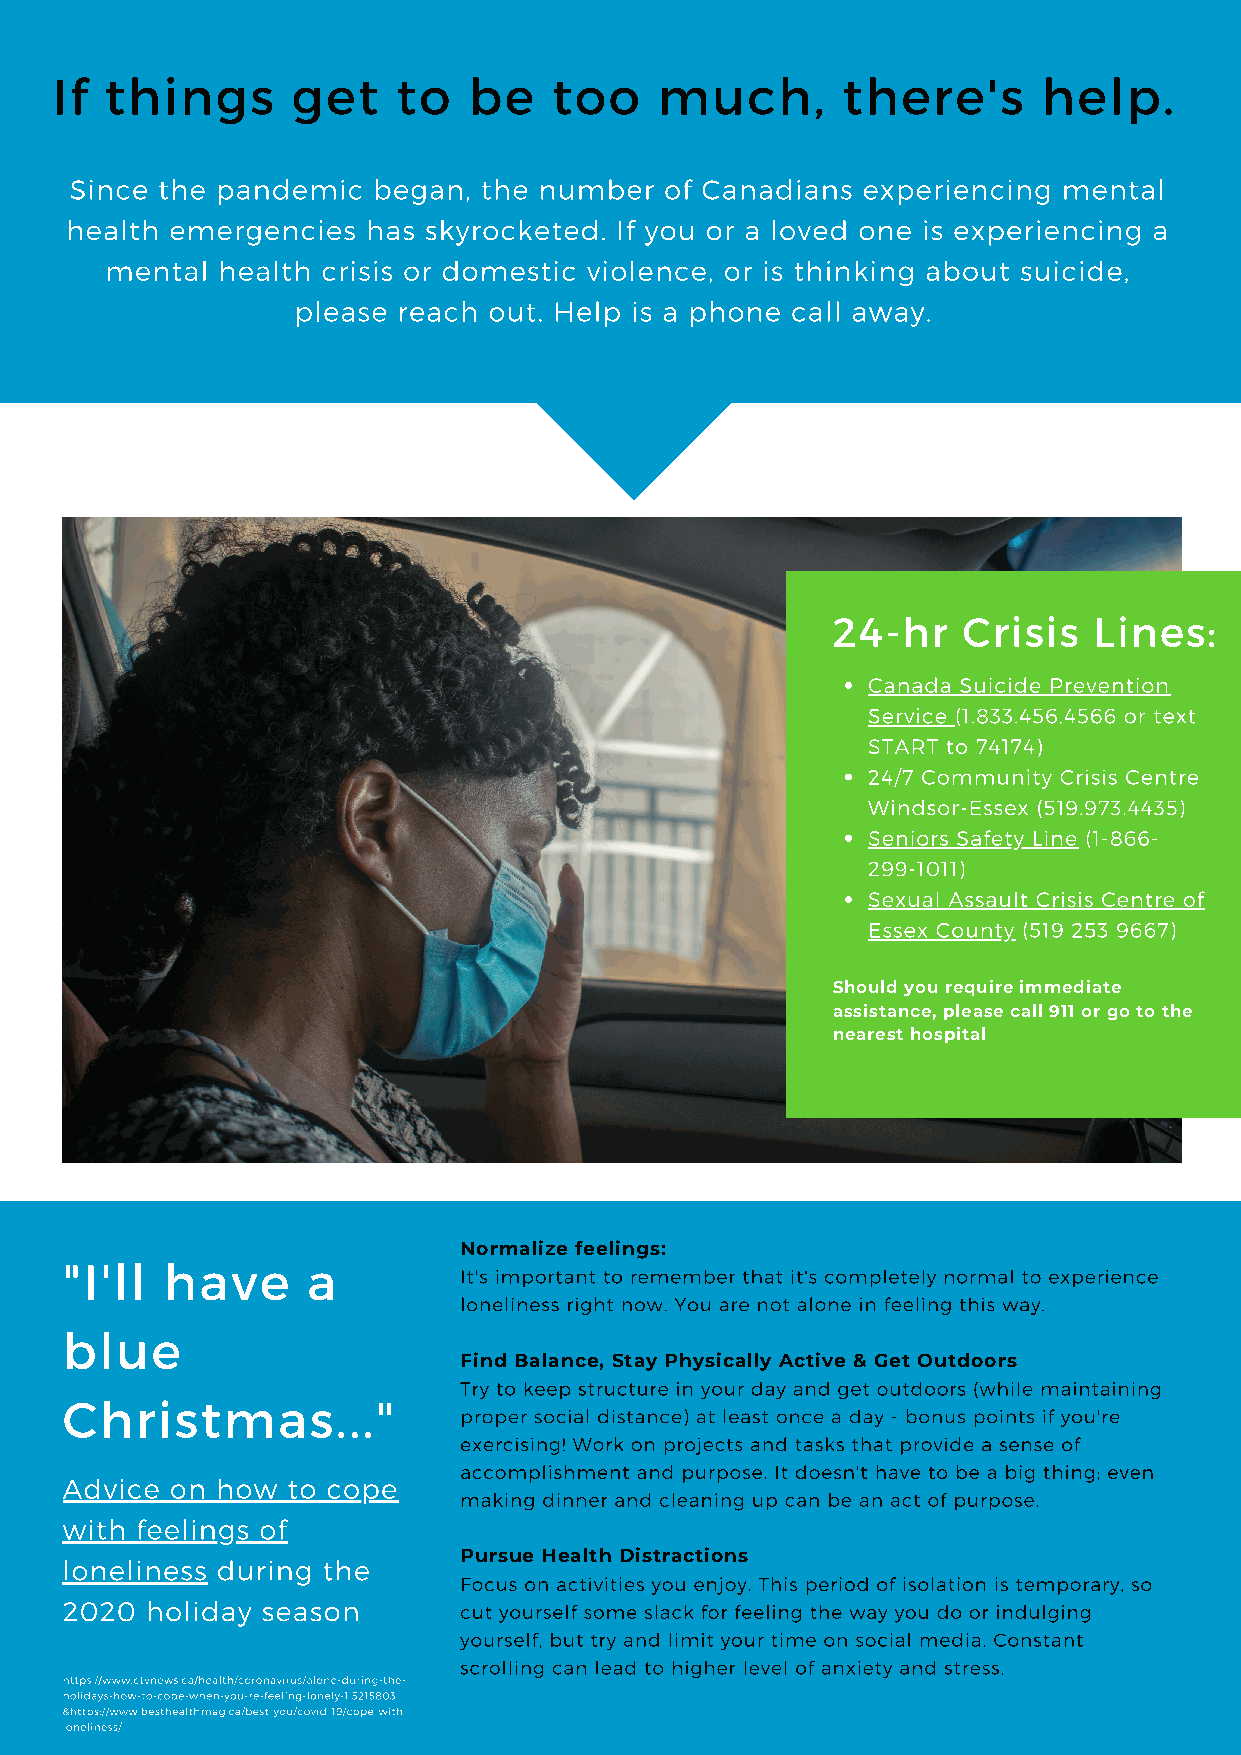
If  things      get    to   be    too    much,       there's      help.
 Since the pandemic  began, the number  of Canadians experiencing mental
 health emergencies  has skyrocketed. If you or a loved one is experiencing a
 mental health crisis or domestic violence, or is thinking about suicide,
 please reach out. Help is a phone call away.
 24-hr    Crisis  Lines:
 Canada Suicide Prevention
 Service (1.833.456.4566 or text
 START to 74174)
 24/7 Community Crisis Centre
 Windsor-Essex (519.973.4435)
 Seniors Safety Line (1-866-
 299-1011)
 Sexual Assault Crisis Centre of
 Essex County (519 253 9667)
 Should you require immediate
 assistance, please call 911 or go to the
 nearest hospital
 Normalize feelings:
 "I'll  have     a
 It's important to remember that it's completely normal to experience
 loneliness right now. You are not alone in feeling this way.
 blue
 Find Balance, Stay Physically Active & Get Outdoors
 Try to keep structure in your day and get outdoors (while maintaining
 Christmas..."
 proper social distance) at least once a day - bonus points if you're
 exercising! Work on projects and tasks that provide a sense of
 accomplishment and purpose. It doesn't have to be a big thing; even
 Advice on how  to cope
 making dinner and cleaning up can be an act of purpose.
 with feelings of
 loneliness during the     Pursue Health Distractions
 Focus on activities you enjoy. This period of isolation is temporary, so
 2020  holiday season      cut yourself some slack for feeling the way you do or indulging
 yourself, but try and limit your time on social media. Constant
 scrolling can lead to higher level of anxiety and stress.
 https://www.ctvnews.ca/health/coronavirus/alone-during-the-
 holidays-how-to-cope-when-you-re-feeling-lonely-1.5215803
 &https://www.besthealthmag.ca/best-you/covid-19/cope-with-
 loneliness/